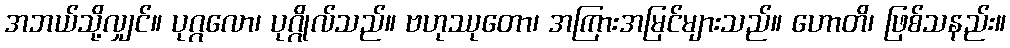
အဘယ်သို့လျှင်။ ပုဂ္ဂလော၊ ပုဂ္ဂိုလ်သည်။ ဗဟုဿုတော၊ အကြားအမြင်များသည်။ ဟောတိ၊ ဖြစ်သနည်း။